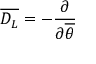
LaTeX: \overline { { { D _ { L } } } } = - \frac { \partial } { \partial \overline { { { \theta } } } }